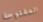
المفتوحة